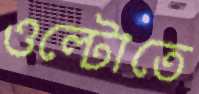
ওল্টোতে